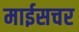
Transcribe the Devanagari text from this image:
माईसचर